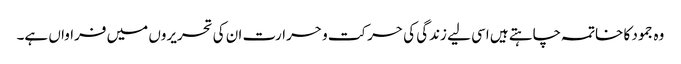
وہ جمود کا خاتمہ چاہتے ہیں اسی لیے زندگی کی حرکت و حرارت ان کی تحریروں میں فراواں ہے۔